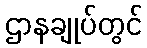
ဌာနချုပ်တွင်